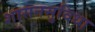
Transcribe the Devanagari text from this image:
शासनसुविधा